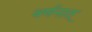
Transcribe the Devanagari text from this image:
वर्णनात्